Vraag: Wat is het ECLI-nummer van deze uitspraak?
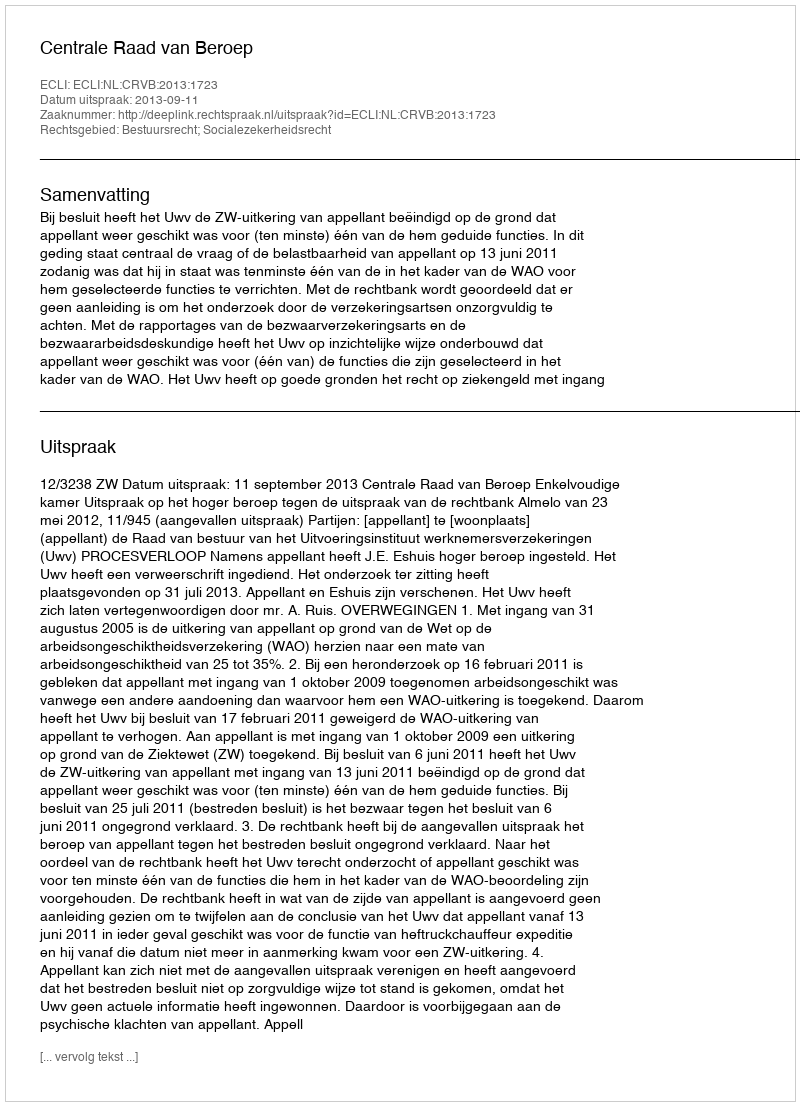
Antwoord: ECLI:NL:CRVB:2013:1723